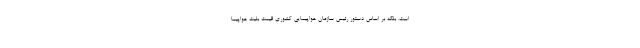
است. بلکه بر اساس دستور رئیس سازمان هواپیمایی کشوری قیمت بلیت هواپیما